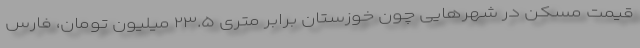
قیمت مسکن در شهرهایی چون خوزستان برابر متری ۲۳.۵ میلیون تومان، فارس